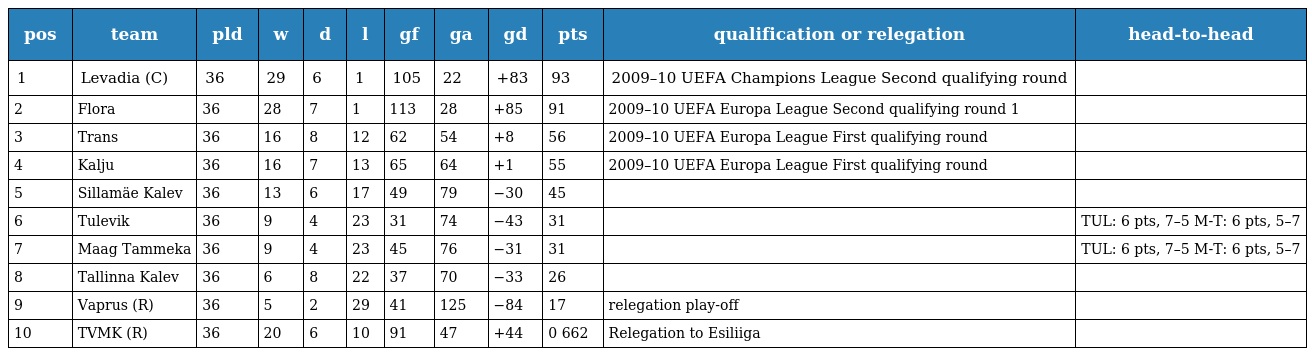
| pos | team | pld | w | d | l | gf | ga | gd | pts | qualification or relegation | head-to-head |
 | --- | --- | --- | --- | --- | --- | --- | --- | --- | --- | --- | --- |
 | 1 | Levadia (C) | 36 | 29 | 6 | 1 | 105 | 22 | +83 | 93 | 2009–10 UEFA Champions League Second qualifying round |  |
 | 2 | Flora | 36 | 28 | 7 | 1 | 113 | 28 | +85 | 91 | 2009–10 UEFA Europa League Second qualifying round 1 |  |
 | 3 | Trans | 36 | 16 | 8 | 12 | 62 | 54 | +8 | 56 | 2009–10 UEFA Europa League First qualifying round |  |
 | 4 | Kalju | 36 | 16 | 7 | 13 | 65 | 64 | +1 | 55 | 2009–10 UEFA Europa League First qualifying round |  |
 | 5 | Sillamäe Kalev | 36 | 13 | 6 | 17 | 49 | 79 | −30 | 45 |  |  |
 | 6 | Tulevik | 36 | 9 | 4 | 23 | 31 | 74 | −43 | 31 |  | TUL: 6 pts, 7–5 M-T: 6 pts, 5–7 |
 | 7 | Maag Tammeka | 36 | 9 | 4 | 23 | 45 | 76 | −31 | 31 |  | TUL: 6 pts, 7–5 M-T: 6 pts, 5–7 |
 | 8 | Tallinna Kalev | 36 | 6 | 8 | 22 | 37 | 70 | −33 | 26 |  |  |
 | 9 | Vaprus (R) | 36 | 5 | 2 | 29 | 41 | 125 | −84 | 17 | relegation play-off |  |
 | 10 | TVMK (R) | 36 | 20 | 6 | 10 | 91 | 47 | +44 | 0 662 | Relegation to Esiliiga |  |